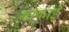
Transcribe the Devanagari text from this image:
गोकाई